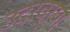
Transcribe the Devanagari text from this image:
उदरव्रण